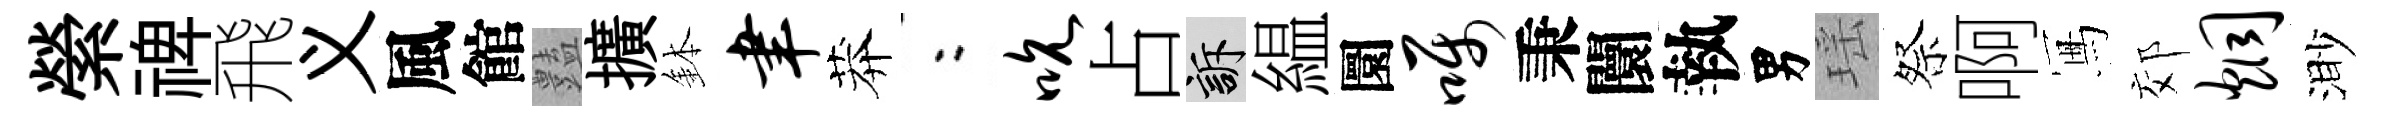
縈禆飛义風館𧰟擴鉢聿莽欸吮占訴緼圜嘱秉闤執男瑶祭啊冩郊炯渺